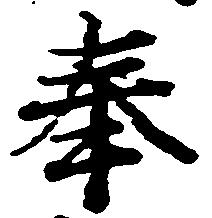
奉